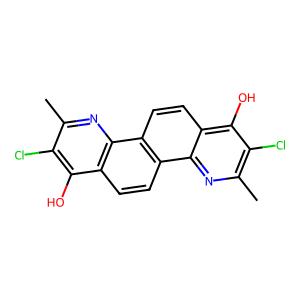
SMILES: Cc1nc2c(ccc3c2ccc2c(O)c(Cl)c(C)nc23)c(O)c1Cl
Inhibits HIV replication: No